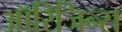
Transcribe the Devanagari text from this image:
ऑरिजिन्स